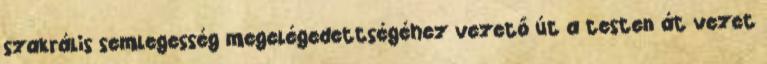
szakrális semlegesség megelégedettségéhez vezető út a testen át vezet